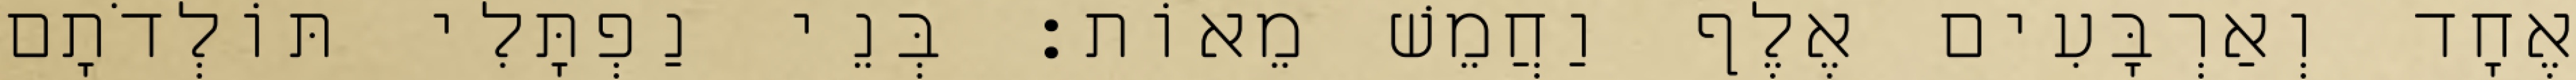
אֶחָד וְאַרְבָּעִים אֶלֶף וַחֲמֵשׁ מֵאוֹת׃ בְּנֵי נַפְתָּלִי תּוֹלְדֹתָם